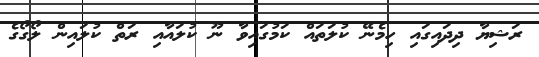
ރަޝިޔާ ދިދައިގައި ހިމެނޭ ކުލަތައް ކަމުގައިވާ ނޫ ކުލައާއި ރަތް ކުލައިން ލޯގޯގެ